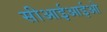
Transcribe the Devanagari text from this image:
सीआईआईओ